Problem: 39 + 16 = ?
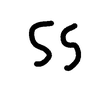
Handwritten answer: 55